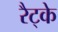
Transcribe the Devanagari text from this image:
रैट्के